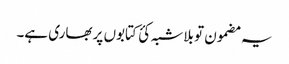
یہ مضمون تو بلاشبہ کئ کتابوں پر بھاری ہے۔